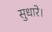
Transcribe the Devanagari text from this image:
सुधारे।